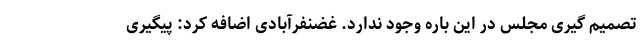
تصمیم گیری مجلس در این باره وجود ندارد. غضنفرآبادی اضافه کرد: پیگیری